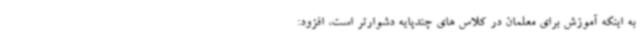
به اینکه آموزش برای معلمان در کلاس های چندپایه دشوارتر است، افزود: